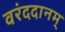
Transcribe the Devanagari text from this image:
वरंददानम्